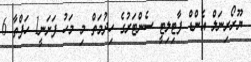
ޔޫރޯރިނަލް އެންޑް ފާޓިލިޓީ ސެންޓަރުގެ ހިދުމަތް މި މަހު ފަށަނީ1 ހަފްތާ 6